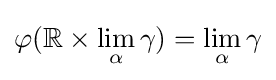
\varphi (\mathbb {R} \times \lim _{\alpha }\gamma )=\lim _{\alpha }\gamma